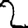
Digit: 2